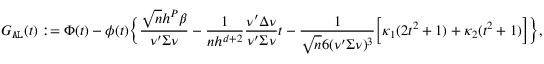
G _ { \mathtt { A L } } ( t ) : = \Phi ( t ) - \phi ( t ) \Big \{ \frac { \sqrt { n } h ^ { P } \beta } { \nu ^ { \prime } \Sigma \nu } - \frac { 1 } { n h ^ { d + 2 } } \frac { \nu ^ { \prime } \Delta \nu } { \nu ^ { \prime } \Sigma \nu } t - \frac { 1 } { \sqrt { n } 6 ( \nu ^ { \prime } \Sigma \nu ) ^ { 3 } } \Big [ \kappa _ { 1 } ( 2 t ^ { 2 } + 1 ) + \kappa _ { 2 } ( t ^ { 2 } + 1 ) \Big ] \Big \} ,